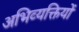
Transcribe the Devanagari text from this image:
अभिव्‍यक्तियों